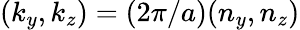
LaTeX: (k_{y},k_{z})=(2\pi/a)(n_{y},n_{z})